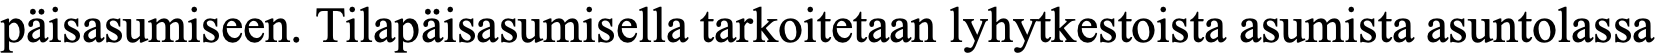
päisasumiseen. Tilapäisasumisella tarkoitetaan lyhytkestoista asumista asuntolassa